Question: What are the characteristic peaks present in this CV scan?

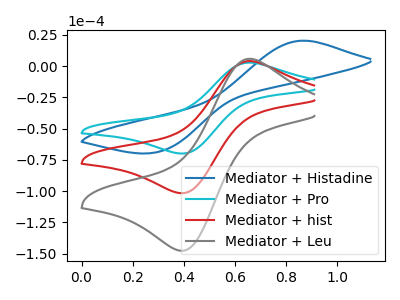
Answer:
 <answer>The blue curve "Mediator + Histadine" has an anodic peak at (0.85V, 20.30uA) and a cathodic peak at (0.30V, -68.80uA). The cyan curve "Mediator + Pro" has an anodic peak at (0.65V, 2.75uA) and a cathodic peak at (0.40V, -69.95uA). The red curve "Mediator + hist" has an anodic peak at (0.65V, 4.00uA) and a cathodic peak at (0.40V, -101.65uA). The gray curve "Mediator + Leu" has an anodic peak at (0.65V, 8.00uA) and a cathodic peak at (0.40V, -203.25uA).</answer>
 <eval></eval>